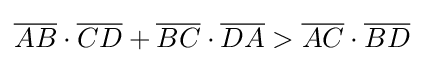
{\overline {AB}}\cdot {\overline {CD}}+{\overline {BC}}\cdot {\overline {DA}}>{\overline {AC}}\cdot {\overline {BD}}